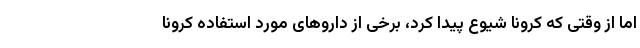
اما از وقتی که کرونا شیوع پیدا کرد، برخی از داروهای مورد استفاده کرونا